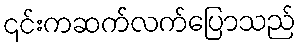
၎င်းကဆက်လက်ပြောသည်